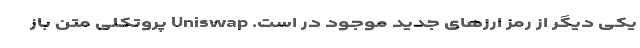
یکی دیگر از رمز ارزهای جدید موجود در است. Uniswap پروتکلی متن باز